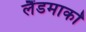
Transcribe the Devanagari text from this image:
लैंडमार्कों